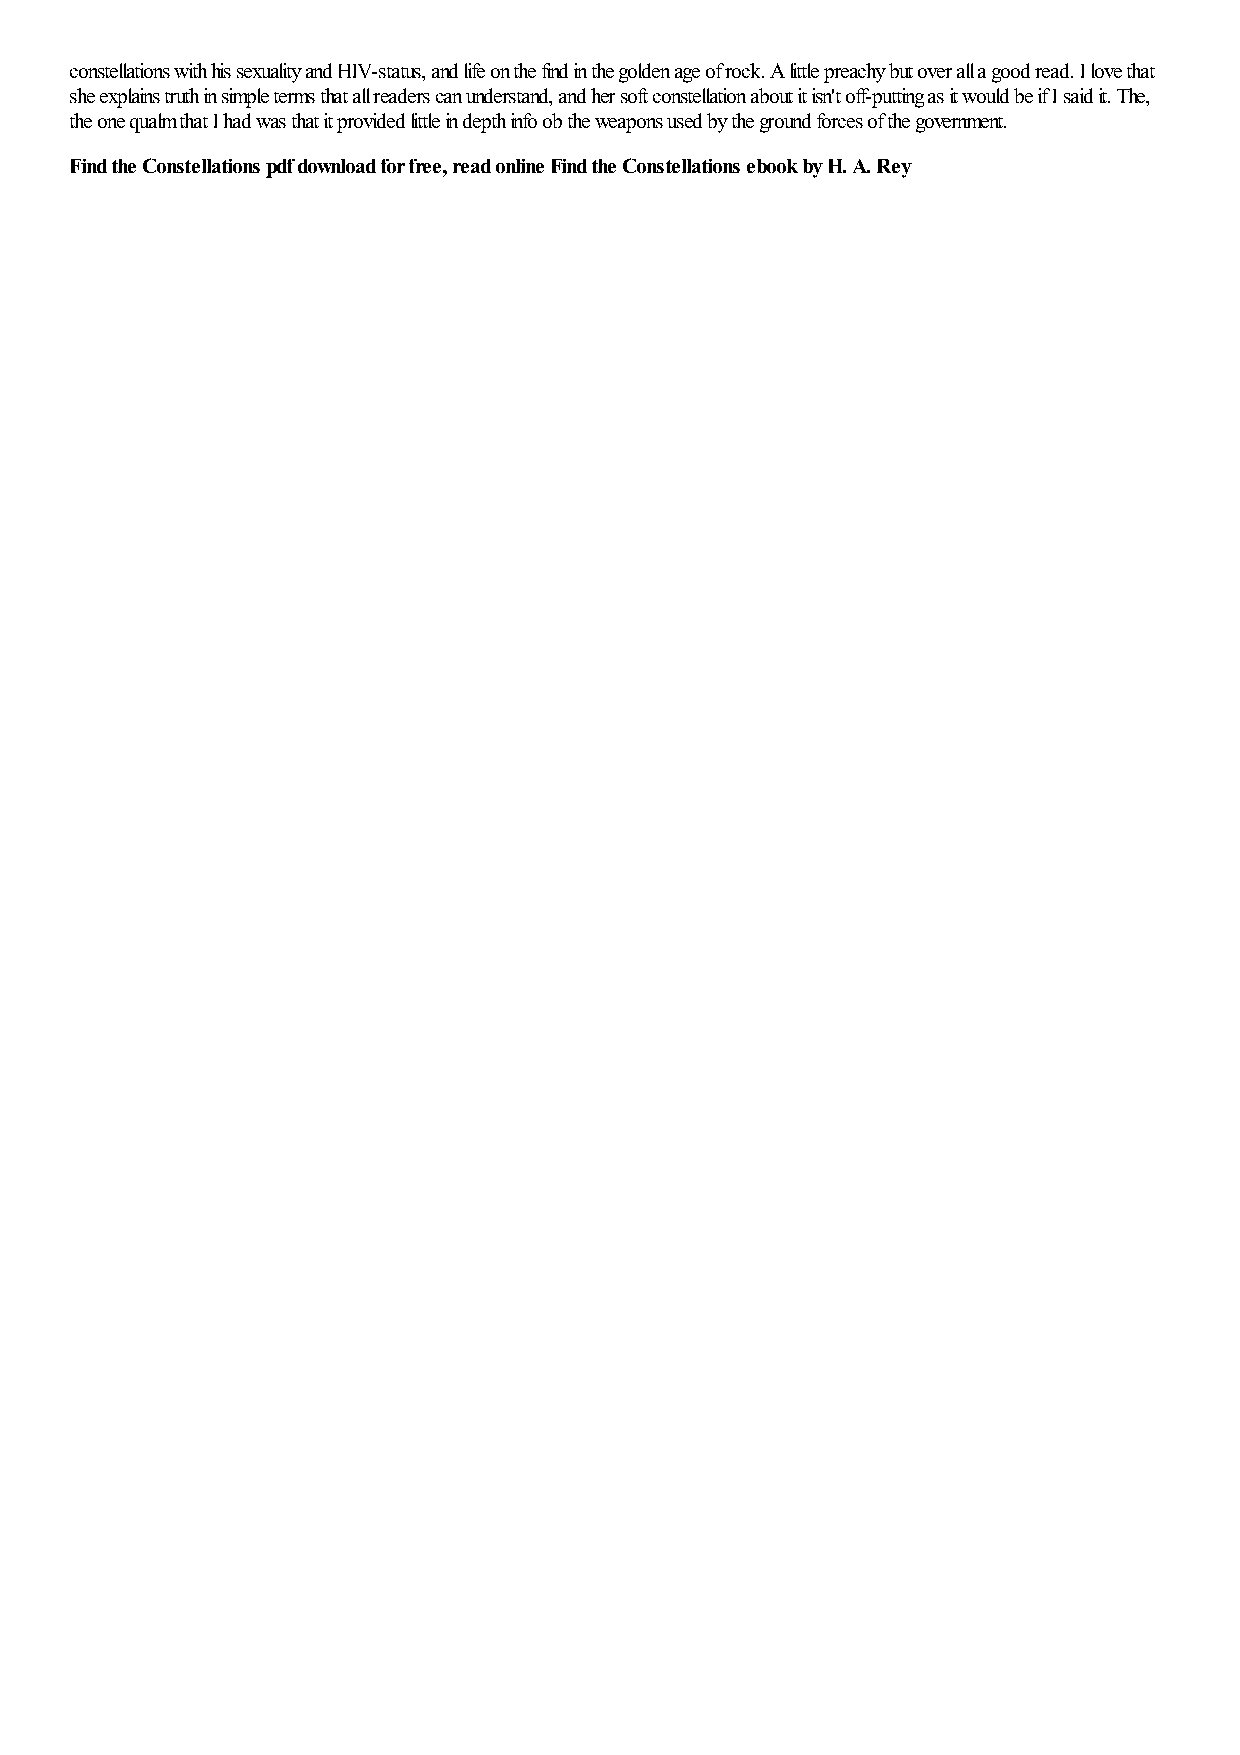
constellations with his sexuality and HIV-status, and life on the find in the golden age of rock. A little preachy but over all a good read. I love that
 she explains truth in simple terms that all readers can understand, and her soft constellation about it isn't off-putting as it would be if I said it. The,
 the one qualm that I had was that it provided little in depth info ob the weapons used by the ground forces of the government.
 Find the Constellations pdf download for free, read online Find the Constellations ebook by H. A. Rey